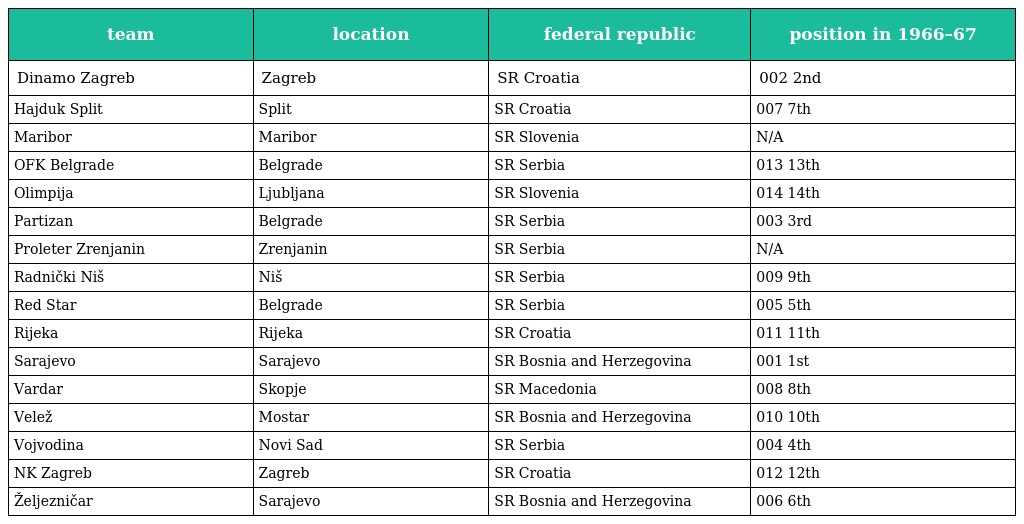
| team | location | federal republic | position in 1966–67 |
 | --- | --- | --- | --- |
 | Dinamo Zagreb | Zagreb | SR Croatia | 002 2nd |
 | Hajduk Split | Split | SR Croatia | 007 7th |
 | Maribor | Maribor | SR Slovenia | N/A |
 | OFK Belgrade | Belgrade | SR Serbia | 013 13th |
 | Olimpija | Ljubljana | SR Slovenia | 014 14th |
 | Partizan | Belgrade | SR Serbia | 003 3rd |
 | Proleter Zrenjanin | Zrenjanin | SR Serbia | N/A |
 | Radnički Niš | Niš | SR Serbia | 009 9th |
 | Red Star | Belgrade | SR Serbia | 005 5th |
 | Rijeka | Rijeka | SR Croatia | 011 11th |
 | Sarajevo | Sarajevo | SR Bosnia and Herzegovina | 001 1st |
 | Vardar | Skopje | SR Macedonia | 008 8th |
 | Velež | Mostar | SR Bosnia and Herzegovina | 010 10th |
 | Vojvodina | Novi Sad | SR Serbia | 004 4th |
 | NK Zagreb | Zagreb | SR Croatia | 012 12th |
 | Željezničar | Sarajevo | SR Bosnia and Herzegovina | 006 6th |